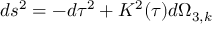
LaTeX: d s ^ { 2 } = - d \tau ^ { 2 } + K ^ { 2 } ( \tau ) d \Omega _ { 3 , k }